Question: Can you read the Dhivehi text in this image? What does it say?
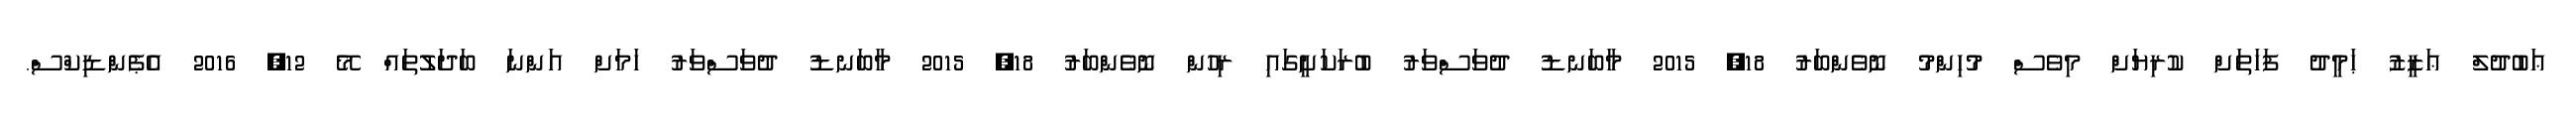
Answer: ޢަބުދުލް ޢަޒީޒު ޙަމީދު ފަހަތަށް ކުރިޔަށް މިވެސް މުހިންމު ނޮވެންބަރު 18, 2015 މާބަނޑު ދުވަސްވަރު ބުރަކަށީގައި ރިހުން ނޮވެންބަރު 18, 2015 މާބަނޑު ދުވަސްވަރު ހަމަށް އަންނަ ބަދަލުތައް މޭ 12, 2016 އެޕެންޑިކްސް.